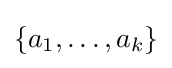
\{a_{1},\dots ,a_{k}\}